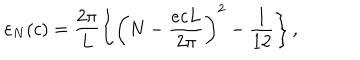
LaTeX: { \varepsilon } _ { N } ( c ) = \frac { 2 \pi } { L } \left\{ \left( N - \frac { e c L } { 2 \pi } \right) ^ { 2 } - \frac { 1 } { 1 2 } \right\} ,